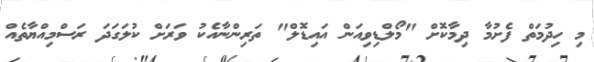
މި ހިދުމަތް ފެށުމާ ދިމާކޮށް "މޯލްޑިވިއަން އައިޑޮލް" ތަރިންނާއެކު ވަރަށް ކުލަގަދަ ރަސްމިއްޔާތެއް